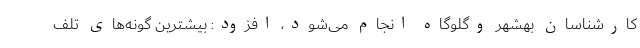
کارشناسان بهشهر وگلوگاه انجام می‌شود، افزود: بیشترین گونه‌های تلف